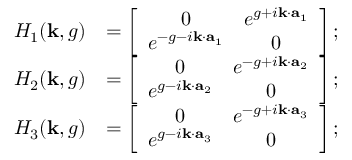
\begin{array} { r l } { H _ { 1 } ( { \bf k } , g ) } & { = \left[ \begin{array} { c c } { 0 } & { e ^ { g + i { \bf k } \cdot { \bf a } _ { 1 } } } \\ { e ^ { - g - i { \bf k } \cdot { \bf a } _ { 1 } } } & { 0 } \end{array} \right] ; } \\ { H _ { 2 } ( { \bf k } , g ) } & { = \left[ \begin{array} { c c } { 0 } & { e ^ { - g + i { \bf k } \cdot { \bf a } _ { 2 } } } \\ { e ^ { g - i { \bf k } \cdot { \bf a } _ { 2 } } } & { 0 } \end{array} \right] ; } \\ { H _ { 3 } ( { \bf k } , g ) } & { = \left[ \begin{array} { c c } { 0 } & { e ^ { - g + i { \bf k } \cdot { \bf a } _ { 3 } } } \\ { e ^ { g - i { \bf k } \cdot { \bf a } _ { 3 } } } & { 0 } \end{array} \right] ; } \end{array}